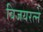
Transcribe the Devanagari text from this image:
विजयरत्ने